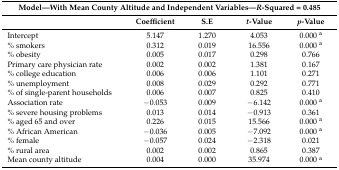
| <COLSPAN=5> Model—With Mean County Altitude and Independent Variables—R-Squared = 0.485 |
 |  | Coefficient | S.E | t-Value | p-Value |
 | --- | --- | --- | --- | --- |
 | Intercept | 5.147 | 1.270 | 4.053 | 0.000 a |
 | % smokers | 0.312 | 0.019 | 16.556 | 0.000 a |
 | % obesity | 0.005 | 0.017 | 0.298 | 0.766 |
 | Primary care physician rate | 0.002 | 0.002 | 1.381 | 0.167 |
 | % college education | 0.006 | 0.006 | 1.101 | 0.271 |
 | % unemployment | 0.008 | 0.029 | 0.292 | 0.771 |
 | % of single-parent households | 0.006 | 0.007 | 0.825 | 0.410 |
 | Association rate | −0.053 | 0.009 | −6.142 | 0.000 a |
 | % severe housing problems | 0.013 | 0.014 | −0.913 | 0.361 |
 | % aged 65 and over | 0.226 | 0.015 | 15.566 | 0.000 a |
 | % African American | −0.036 | 0.005 | −7.092 | 0.000 a |
 | % female | −0.057 | 0.024 | −2.318 | 0.021 |
 | % rural area | 0.002 | 0.002 | 0.865 | 0.387 |
 | Mean county altitude | 0.004 | 0.000 | 35.974 | 0.000 a |